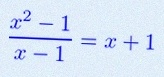
\frac{x^2-1}{x-1}=x+1